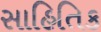
સાહિતિક